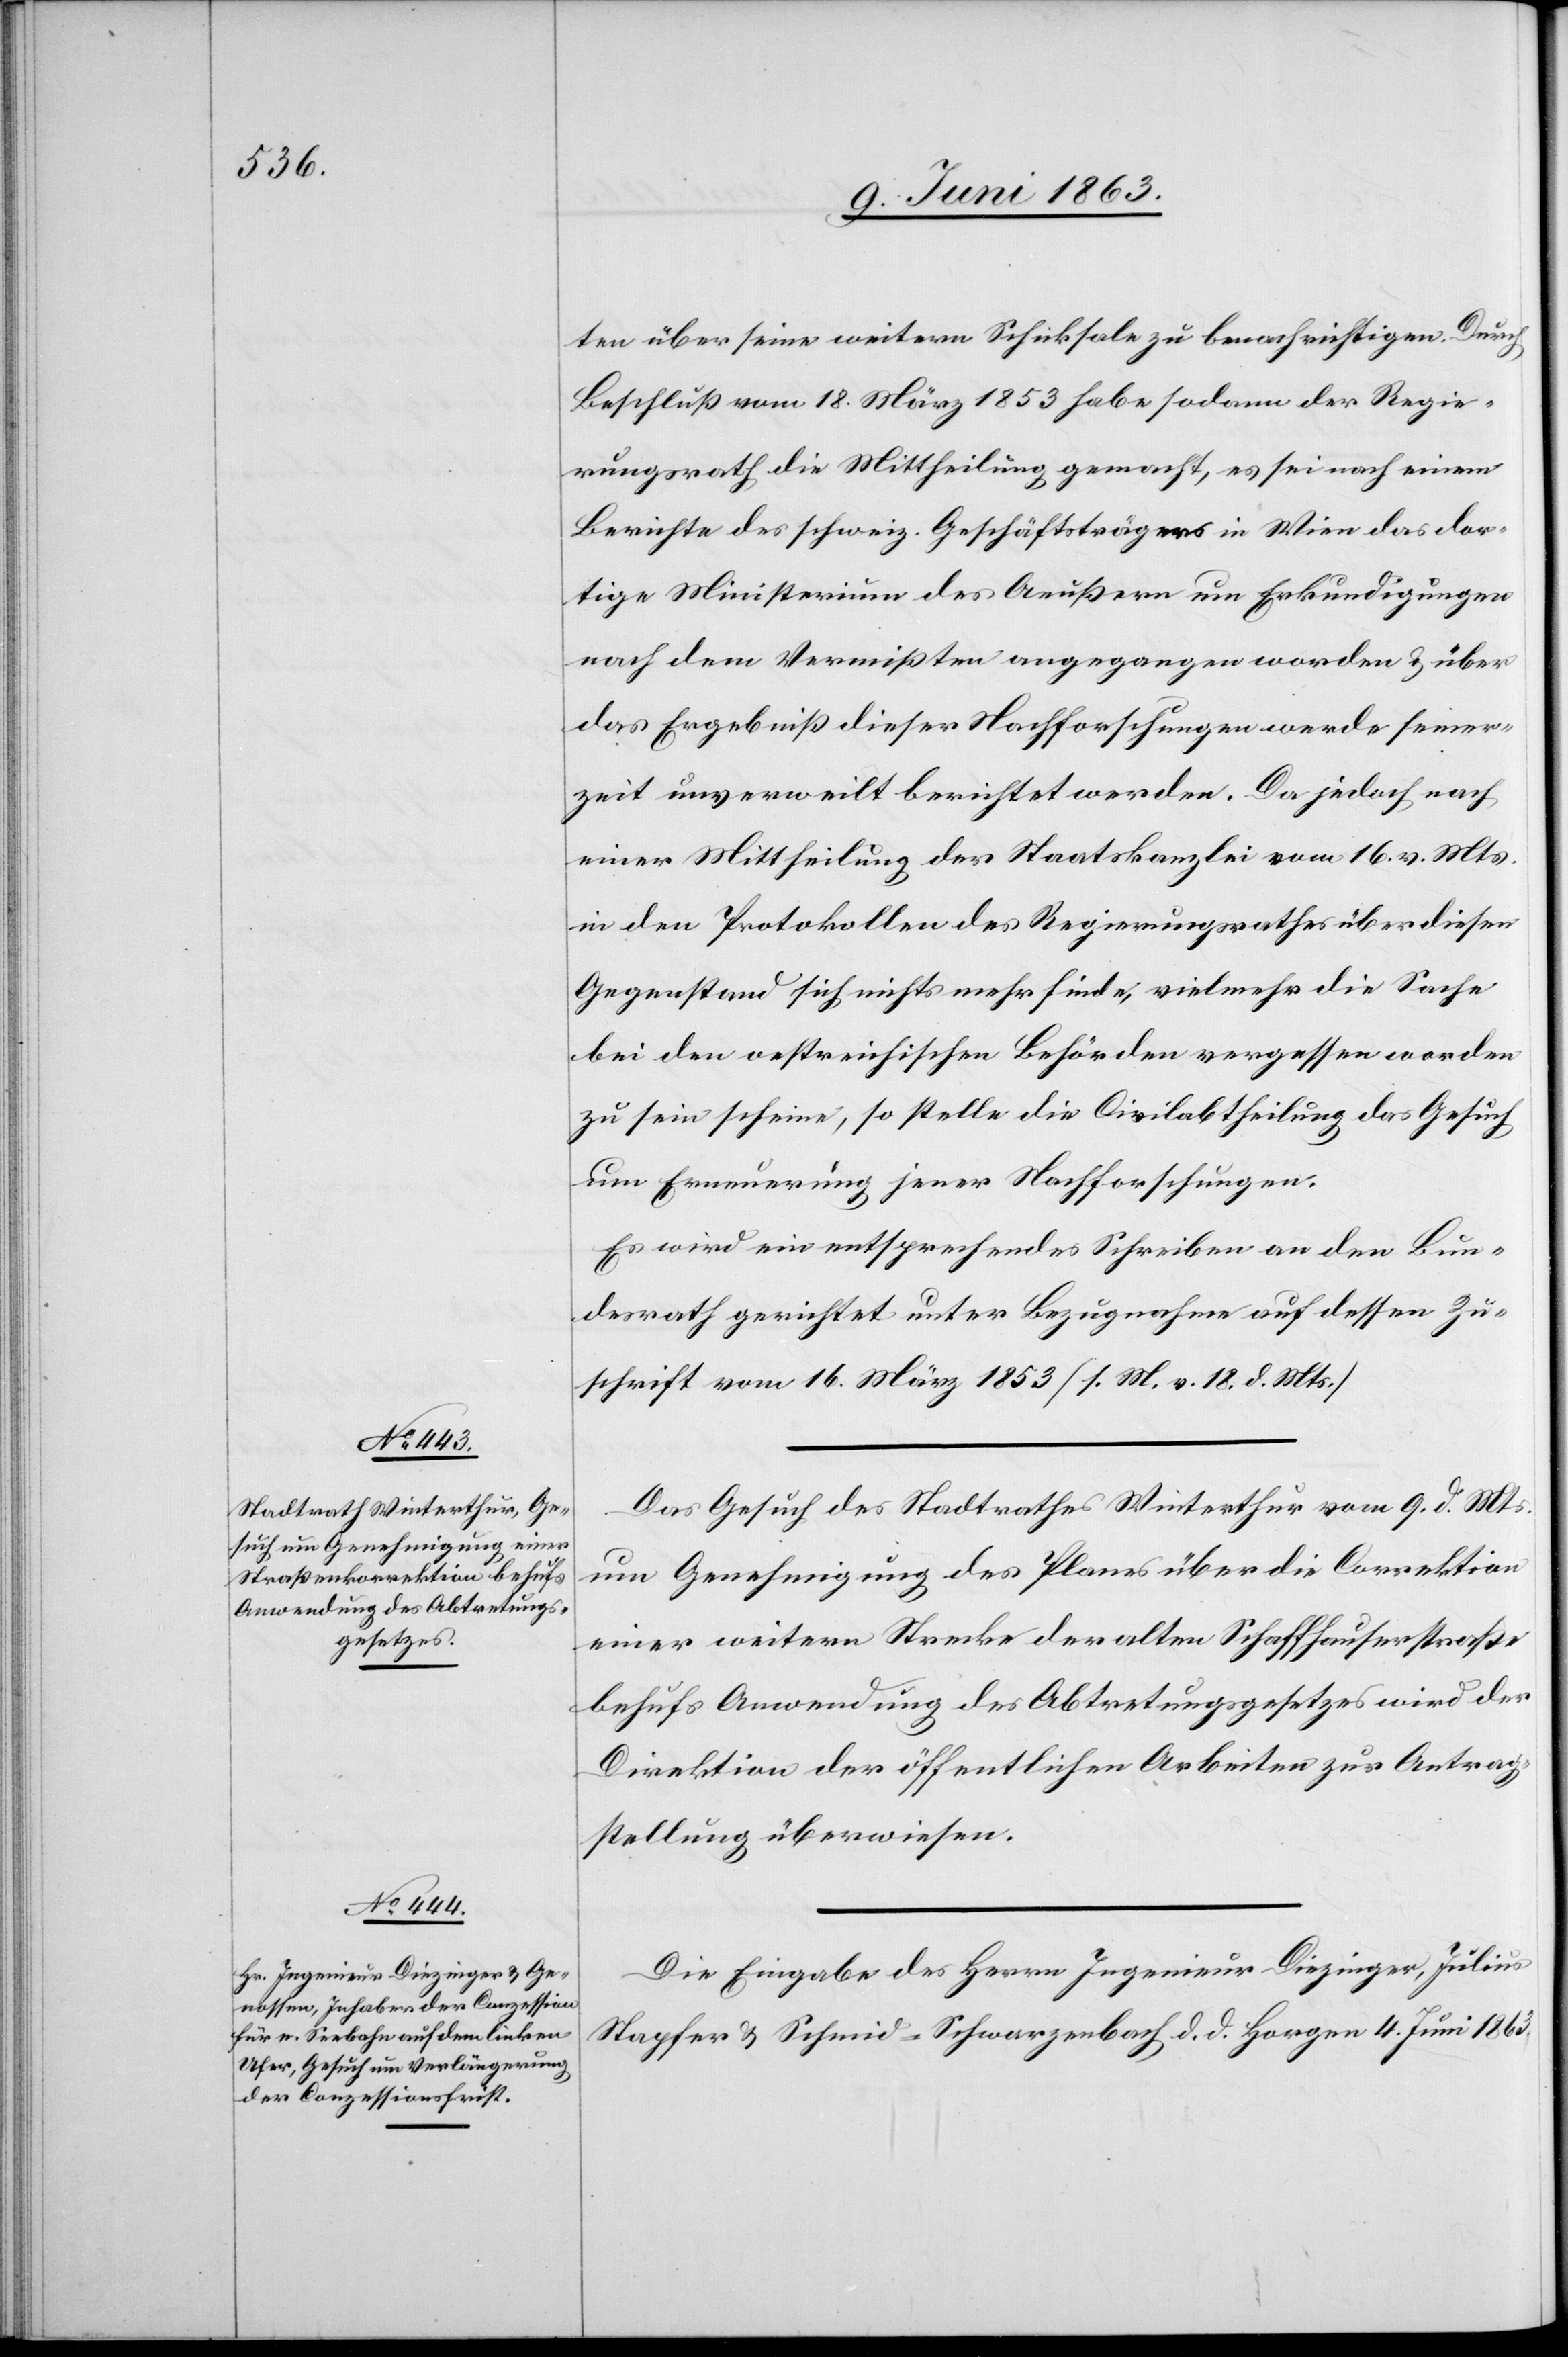
11. Juni 1863.]
ten über seine weitern Schicksale zu benachrichtigen. Durch
Beschluß vom 18. März 1853 habe sodann der Regie¬
rungsrath die Mittheilung gemacht, es sei nach einem
Berichte des schweiz. Geschäftsträgers in Wien das dor¬
tige Ministerium des Aeußern um Erkundigungen
nach dem Vermißten angegangen worden & über
das Ergebniß dieser Nachforschungen werde seiner¬
zeit unverweilt berichtet werden. Da jedoch nach
einer Mittheilung der Staatskanzlei vom 16. v. Mts.
in den Protokollen des Regierungsrathes über diesen
Gegenstand sich nichts mehr finde, vielmehr die Sache
bei den oestreichischen Behörden vergessen worden
zu sein scheine, so stelle die Civilabtheilung das Gesuch
um Erneuerung jener Nachforschungen.
Es wird ein entsprechendes Schreiben an den Bun¬
desrath gerichtet unter Bezugnahme auf dessen Zu¬
schrift vom 16. März 1853 (s. M. v. 18. d. Mts.)
Das Gesuch des Stadtrathes Winterthur vom 9. d. Mts.
um Genehmigung des Planes über die Correktion
einer weitern Strecke der alten Schaffhauserstraße
behufs Anwendung des Abtretungsgesetzes wird der
Direktion der öffentlichen Arbeiten zur Antrag¬
stellung überwiesen.
Die Eingabe des Herrn Ingenieur Diezinger, Julius
Stapfer & Schmid-Schwarzenbach d. d. Horgen 4. Juni 1863